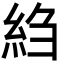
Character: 䋓